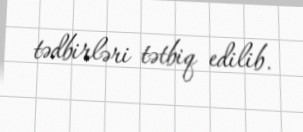
tədbirləri tətbiq edilib.